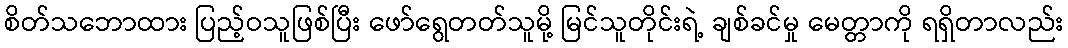
စိတ်သဘောထား ပြည့်ဝသူဖြစ်ပြီး ဖော်ရွေတတ်သူမို့ မြင်သူတိုင်းရဲ့ ချစ်ခင်မှု မေတ္တာကို ရရှိတာလည်း